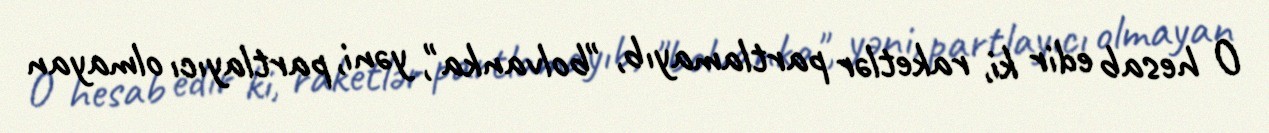
O hesab edir ki, raketlər partlamayıb, "bolvanka", yəni, partlayıcı olmayan